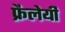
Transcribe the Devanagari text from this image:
फ्रैलेयी